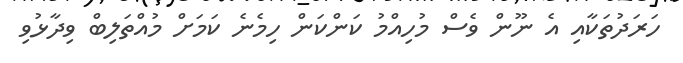
ހަރަދުތަކާއި އެ ނޫން ވެސް މުހިއްމު ކަންކަން ހިމެނެ ކަމަށް މުއްތަލިބް ވިދާޅުވި